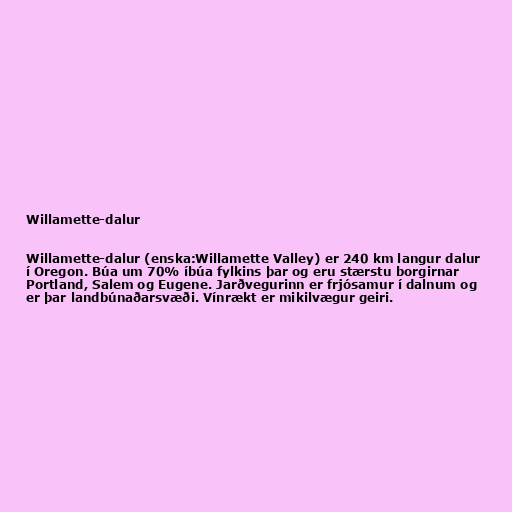
Willamette-dalur

Willamette-dalur (enska:Willamette Valley) er 240 km langur dalur
í Oregon. Búa um 70% íbúa fylkins þar og eru stærstu borgirnar
Portland, Salem og Eugene. Jarðvegurinn er frjósamur í dalnum og
er þar landbúnaðarsvæði. Vínrækt er mikilvægur geiri.